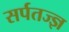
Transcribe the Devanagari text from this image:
सर्पतज्ज्ञ